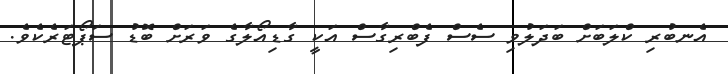
އެނބުރި ކްލަބަށް ބަދަލުވި ސެސް ފެބްރިގާސް އަކީ ގާޑިއޯލާގެ ވަރަށް ބޮޑު ސަޕޯޓަރެކެވެ.